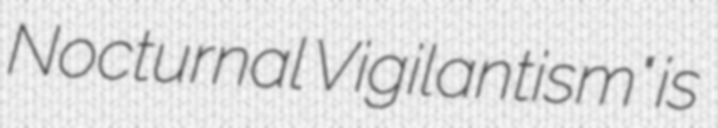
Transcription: Nocturnal Vigilantism" is